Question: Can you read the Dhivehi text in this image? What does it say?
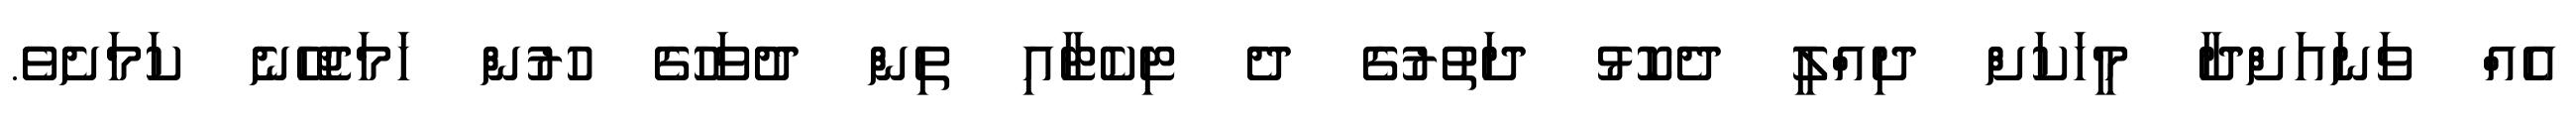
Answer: އެއް ވަނައަށްދާ މީހަކަށް ދިއްލީ ދެކޮޅު ދަތުރުގެ ދެ ޓިކެޓާއި ތިން ދުވަހުގެ ހުރުން ހަމަޖެހޭނެ ކަމަށެވެ.